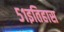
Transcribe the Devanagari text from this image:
५१इतिहास